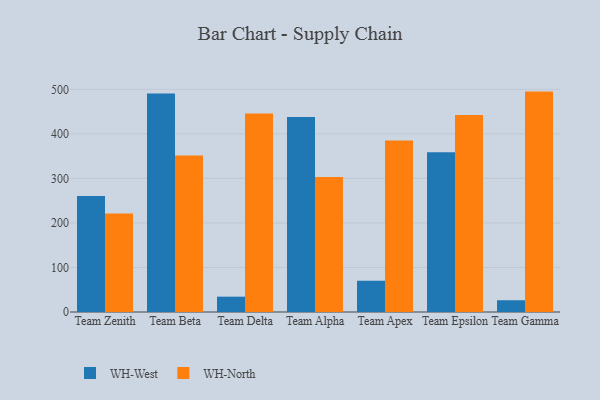
{"axis": {"x": "Team", "y": "Tickets Resolved"}, "legend": ["WH-North", "WH-West"], "data": [{"x": "Team Zenith", "y": 260.7, "type": "WH-West"}, {"x": "Team Zenith", "y": 221.1, "type": "WH-North"}, {"x": "Team Beta", "y": 490.4, "type": "WH-West"}, {"x": "Team Beta", "y": 351.5, "type": "WH-North"}, {"x": "Team Delta", "y": 34.4, "type": "WH-West"}, {"x": "Team Delta", "y": 445.5, "type": "WH-North"}, {"x": "Team Alpha", "y": 438.1, "type": "WH-West"}, {"x": "Team Alpha", "y": 303.2, "type": "WH-North"}, {"x": "Team Apex", "y": 70.2, "type": "WH-West"}, {"x": "Team Apex", "y": 385.0, "type": "WH-North"}, {"x": "Team Epsilon", "y": 358.5, "type": "WH-West"}, {"x": "Team Epsilon", "y": 442.1, "type": "WH-North"}, {"x": "Team Gamma", "y": 26.4, "type": "WH-West"}, {"x": "Team Gamma", "y": 494.9, "type": "WH-North"}]}